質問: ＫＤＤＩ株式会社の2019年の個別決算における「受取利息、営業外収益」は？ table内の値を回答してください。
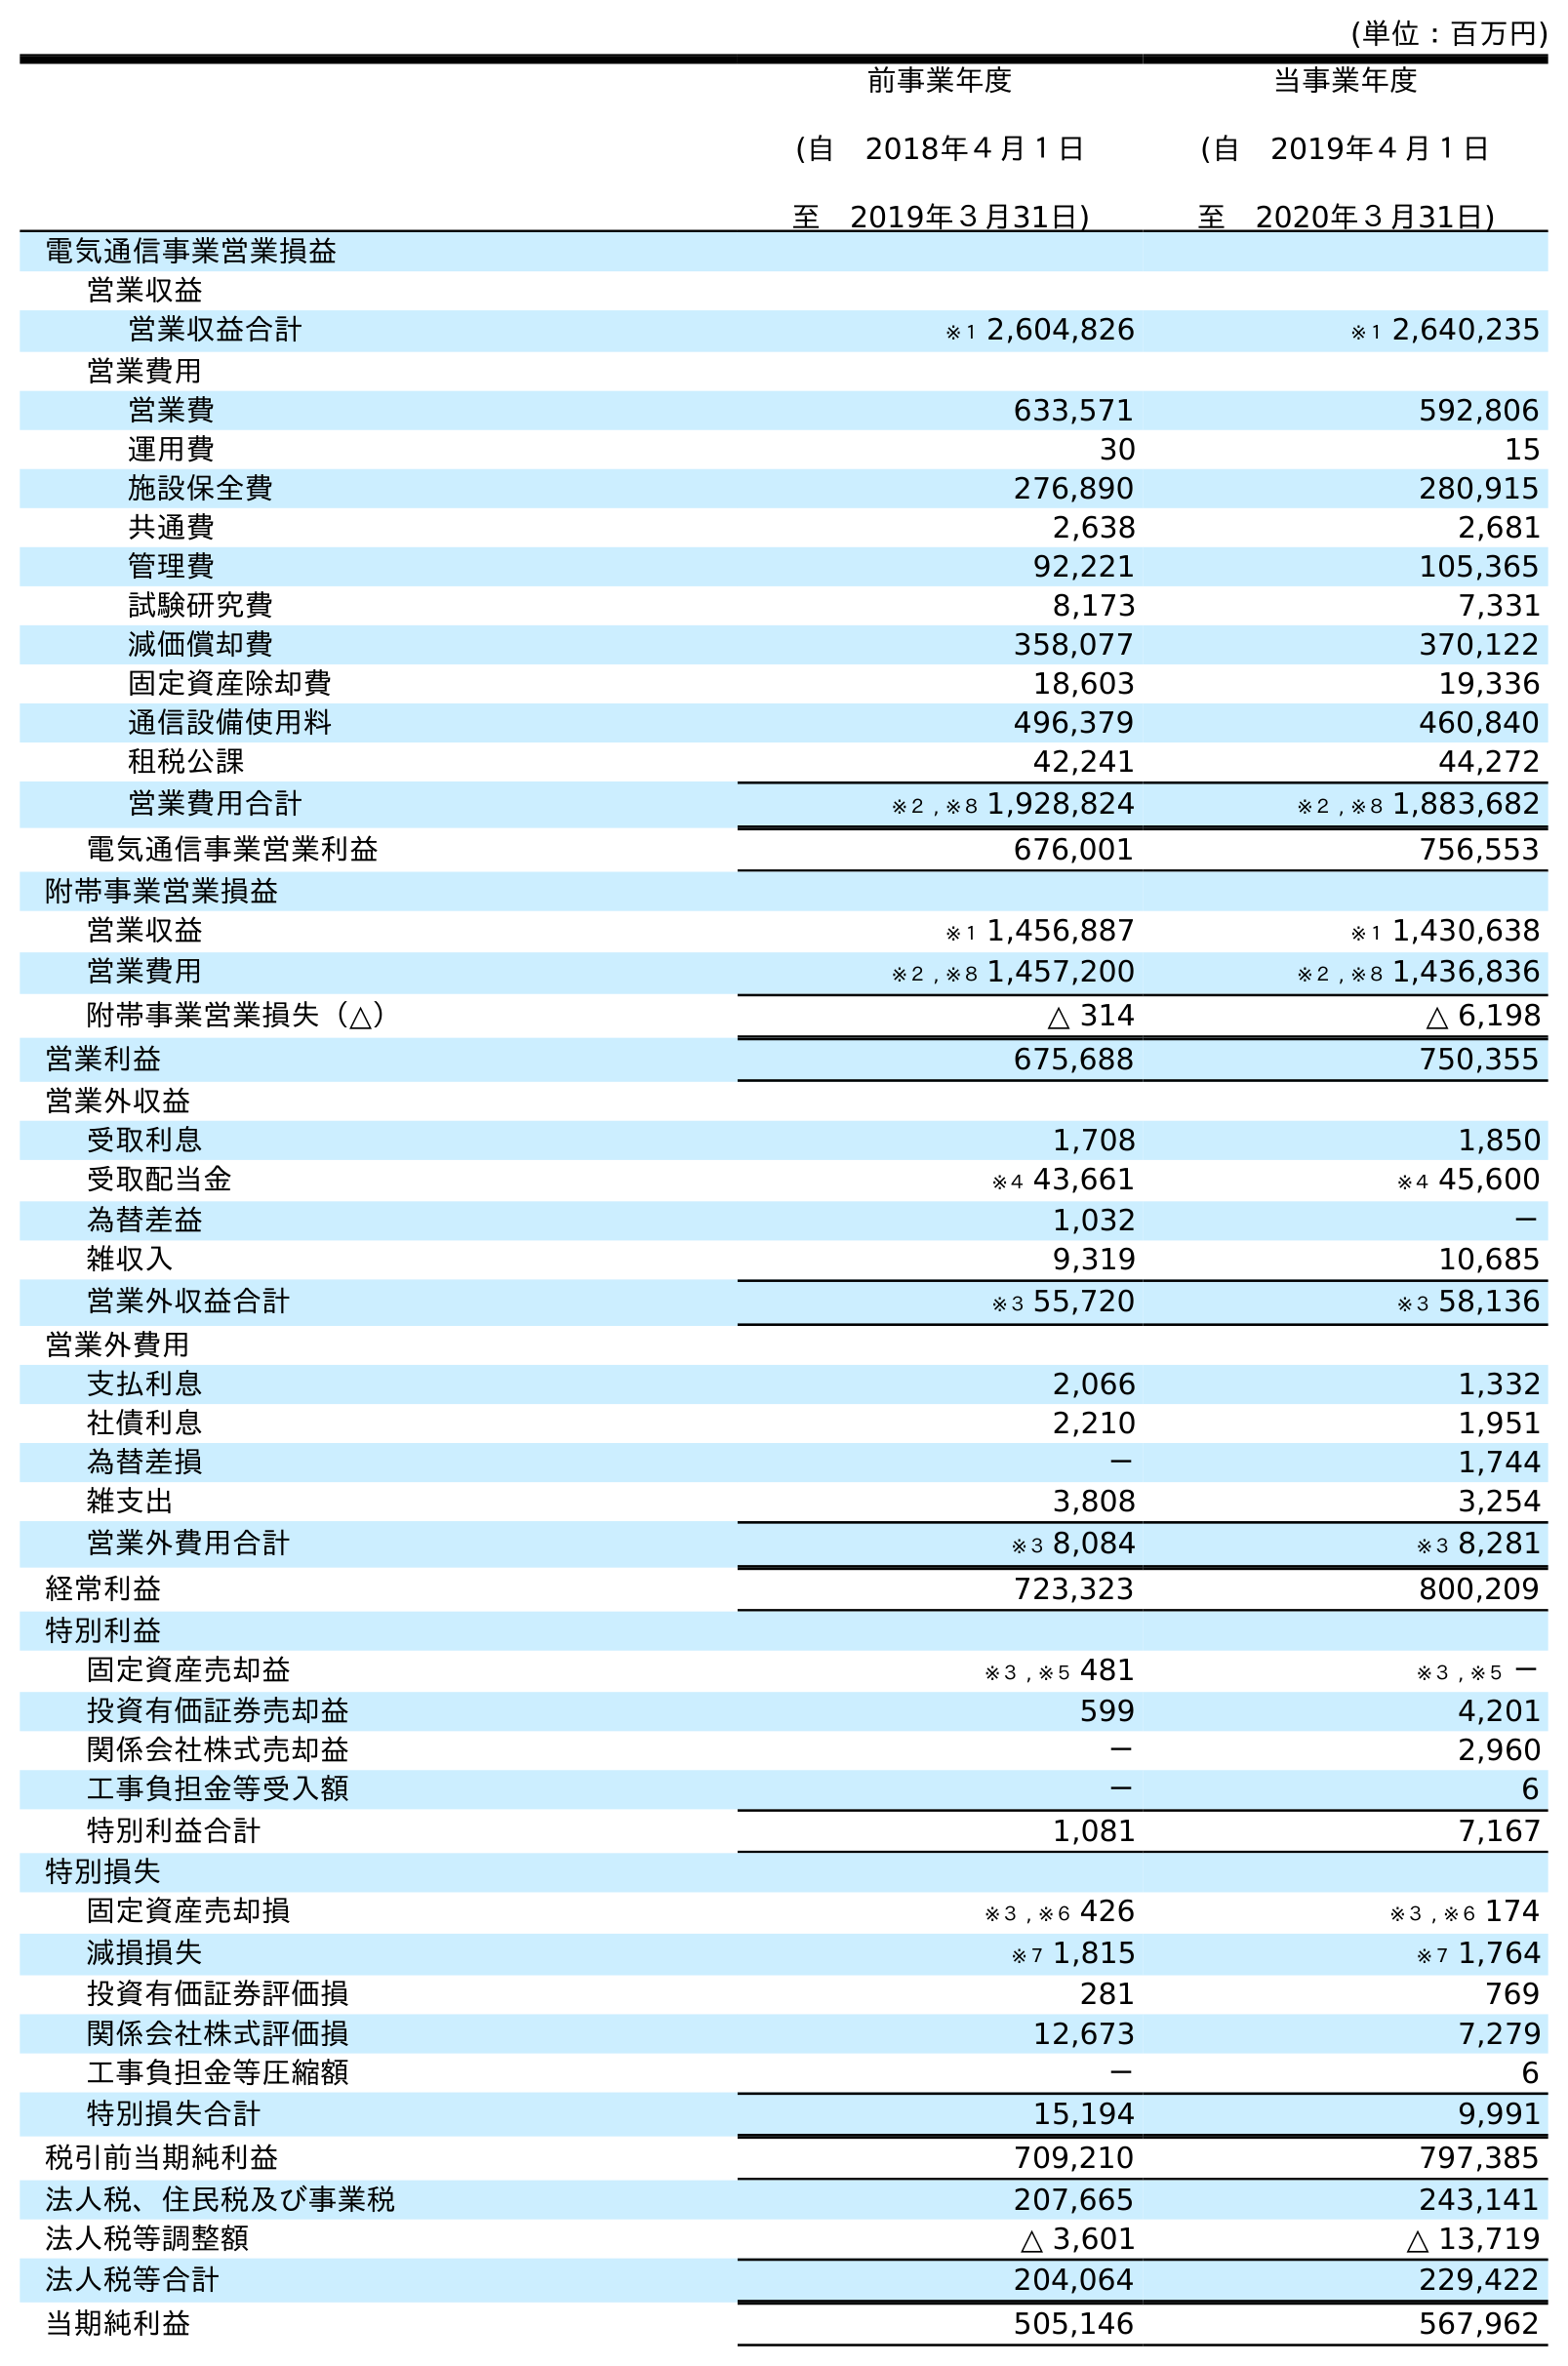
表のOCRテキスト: (単位：百万円) 前事業年度 (自 2018年４月１日 至 2019年３月31日) 当事業年度 (自 2019年４月１日 至 2020年３月31日) 電気通信事業営業損益 営業収益 営業収益合計 ※１ 2,604,826 ※１ 2,640,235 営業費用 営業費 633,571 592,806 運用費 30 15 施設保全費 276,890 280,915 共通費 2,638 2,681 管理費 92,221 105,365 試験研究費 8,173 7,331 減価償却費 358,077 370,122 固定資産除却費 18,603 19,336 通信設備使用料 496,379 460,840 租税公課 42,241 44,272 営業費用合計 ※２ , ※８ 1,928,824 ※２ , ※８ 1,883,682 電気通信事業営業利益 676,001 756,553 附帯事業営業損益 営業収益 ※１ 1,456,887 ※１ 1,430,638 営業費用 ※２ , ※８ 1,457,200 ※２ , ※８ 1,436,836 附帯事業営業損失（△） △ 314 △ 6,198 営業利益 675,688 750,355 営業外収益 受取利息 1,708 1,850 受取配当金 ※４ 43,661 ※４ 45,600 為替差益 1,032 － 雑収入 9,319 10,685 営業外収益合計 ※３ 55,720 ※３ 58,136 営業外費用 支払利息 2,066 1,332 社債利息 2,210 1,951 為替差損 － 1,744 雑支出 3,808 3,254 営業外費用合計 ※３ 8,084 ※３ 8,281 経常利益 723,323 800,209 特別利益 固定資産売却益 ※３ , ※５ 481 ※３ , ※５ － 投資有価証券売却益 599 4,201 関係会社株式売却益 － 2,960 工事負担金等受入額 － 6 特別利益合計 1,081 7,167 特別損失 固定資産売却損 ※３ , ※６ 426 ※３ , ※６ 174 減損損失 ※７ 1,815 ※７ 1,764 投資有価証券評価損 281 769 関係会社株式評価損 12,673 7,279 工事負担金等圧縮額 － 6 特別損失合計 15,194 9,991 税引前当期純利益 709,210 797,385 法人税、住民税及び事業税 207,665 243,141 法人税等調整額 △ 3,601 △ 13,719 法人税等合計 204,064 229,422 当期純利益 505,146 567,962
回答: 1,708